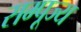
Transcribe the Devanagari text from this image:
सम्पूज्य